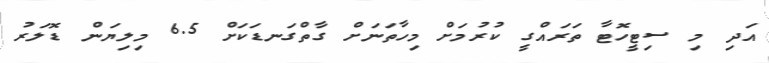
އަދި މި ސިޓީހޮޓާ ތަރައްގީ ކުރުމަށް މިހާތަނަށް ގާތްގަނޑަކަށް 6.5 މިލިޔަން ޑޮލަރު